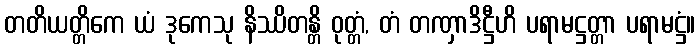
တတိယတ္တိကေ ယံ ဒုကေသု နိဿိတန္တိ ဝုတ္တံ, တံ တဏှာဒိဋ္ဌီဟိ ပရာမဋ္ဌတ္တာ ပရာမဋ္ဌံ။